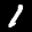
Label: 1